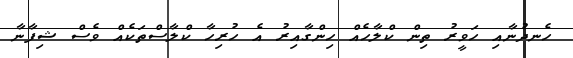
ހެނދުނާއި ހަވީރު ތިން ކްލާހެއް ހިންގާއިރު އެ ހުރިހާ ކްލާސްތަކެއް ވެސް ޝިފާނާ